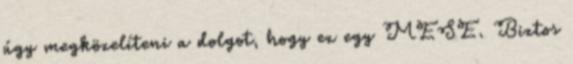
úgy megközelíteni a dolgot, hogy ez egy MESE. Biztos